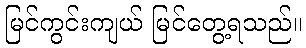
မြင်ကွင်းကျယ် မြင်တွေ့ရသည်။